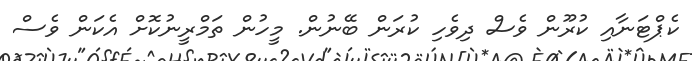
ކެޕްޓަނާއި ކުރޫން ވެސް ދިވެހި ކުރަން ބޭނުން. މީހުން ތަމްރީނުކޮށް އެކަން ވެސް